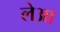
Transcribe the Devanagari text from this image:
लेआ